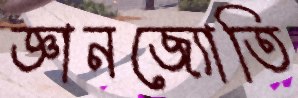
জ্ঞানজ্যোতি